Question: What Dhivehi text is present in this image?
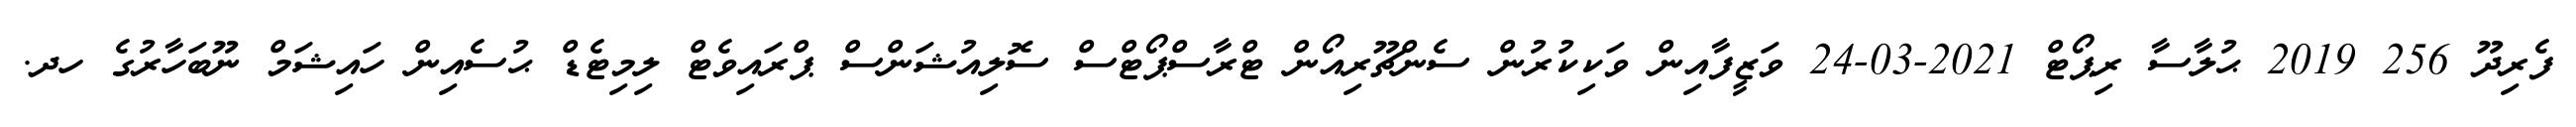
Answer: ފެރިދޫ 256 2019 ޙުލާސާ ރިޕޯޓް 2021-03-24 ވަޒީފާއިން ވަކިކުރުން ސެންޗޫރިއޯން ޓްރާސްޕޯޓްސް ސޮލިއުޝަންސް ޕްރައިވެޓް ލިމިޓެޑް ޙުސެއިން ހައިޝަމް ނޫބަހާރުގެ ހދ.